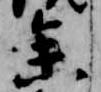
参